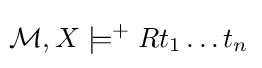
\!{\mathcal {M}},X\models ^{+}Rt_{1}\ldots t_{n}